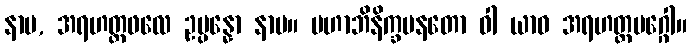
နာမ, အရဟတ္တဖလေ ဥပ္ပန္နော နာမ။ မဟာဘိနိက္ခမနတော ဝါ ယာဝ အရဟတ္တမဂ္ဂေါ။